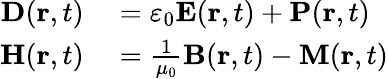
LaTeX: \begin{array}{rl}{\mathbf{D}(\mathbf{r},t)}&{{}=\varepsilon_{0}\mathbf{E}(\mathbf{r},t)+\mathbf{P}(\mathbf{r},t)}\\ {\mathbf{H}(\mathbf{r},t)}&{{}={\frac{1}{\mu_{0}}}\mathbf{B}(\mathbf{r},t)-\mathbf{M}(\mathbf{r},t)}\end{array}